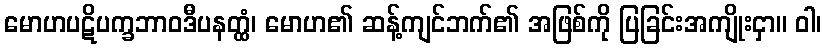
မောဟပဋိပက္ခဘာဝဒီပနတ္ထံ၊ မောဟ၏ ဆန့်ကျင်ဘက်၏ အဖြစ်ကို ပြခြင်းအကျိုးငှာ။ ဝါ၊